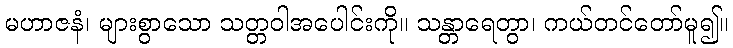
မဟာဇနံ၊ များစွာသော သတ္တဝါအပေါင်းကို။ သန္တာရေတွာ၊ ကယ်တင်တော်မူ၍။